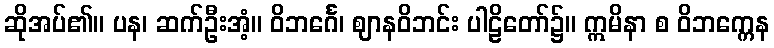
ဆိုအပ်၏။ ပန၊ ဆက်ဦးအံ့။ ဝိဘင်္ဂေ၊ ဈာနဝိဘင်း ပါဠိတော်၌။ ဣမိနာ စ ဝိဘက္ကေန